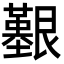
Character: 𦫒